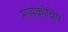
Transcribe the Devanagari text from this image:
मायक्रोचिप